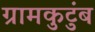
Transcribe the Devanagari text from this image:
ग्रामकुटुंब